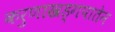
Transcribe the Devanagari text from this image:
करुणाखड्गपातेन